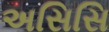
અસિસિ